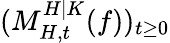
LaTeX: (M_{H,t}^{H|K}(f))_{t\geq 0}